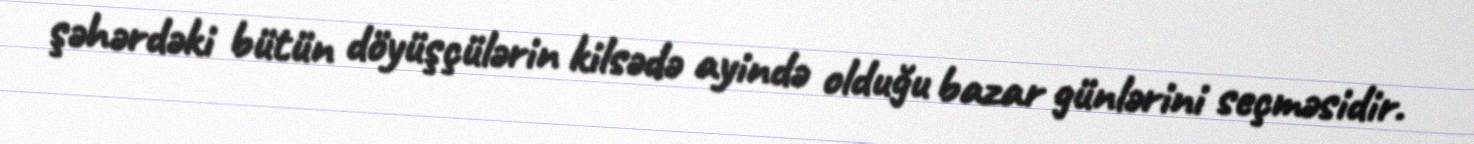
şəhərdəki bütün döyüşçülərin kilsədə ayində olduğu bazar günlərini seçməsidir.